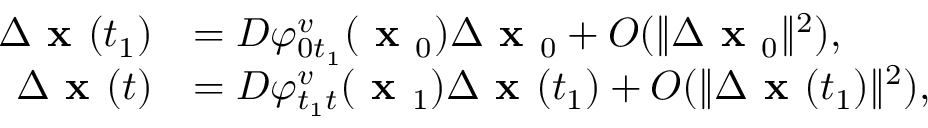
\begin{array} { r l } { \Delta \textbf { x } ( t _ { 1 } ) } & { = D \varphi _ { 0 t _ { 1 } } ^ { v } ( \textbf { x } _ { 0 } ) \Delta \textbf { x } _ { 0 } + O ( \| \Delta \textbf { x } _ { 0 } \| ^ { 2 } ) , } \\ { \Delta \textbf { x } ( t ) } & { = D \varphi _ { t _ { 1 } t } ^ { v } ( \textbf { x } _ { 1 } ) \Delta \textbf { x } ( t _ { 1 } ) + O ( \| \Delta \textbf { x } ( t _ { 1 } ) \| ^ { 2 } ) , } \end{array}